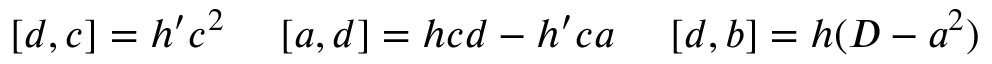
[ d , c ] = h ^ { \prime } c ^ { 2 } \ \ \ \ [ a , d ] = h c d - h ^ { \prime } c a \ \ \ \ [ d , b ] = h ( { \cal D } - a ^ { 2 } )